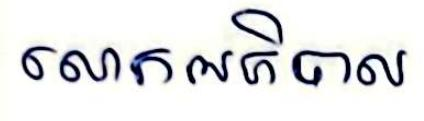
លោកអភិបាល